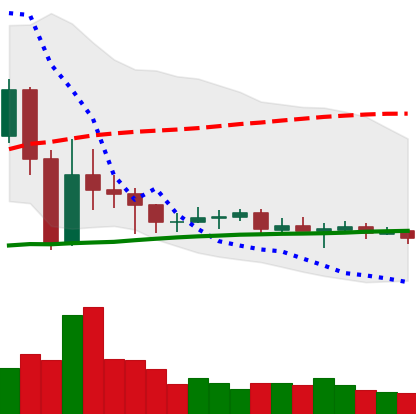
Ticker: EOS-USD
Chart end date: 2020-09-20
Forward return: -4.577%
Label: down_3_5